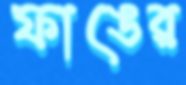
ফাঙের